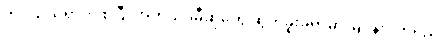
ဘဝသံသရာက စပြီး အကယ်ဒမီဆုတွေ ဆွတ်ခူးခဲ့ရာမှာ မြပန်းဝတ်ရည်၊